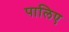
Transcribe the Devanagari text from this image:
पालिए